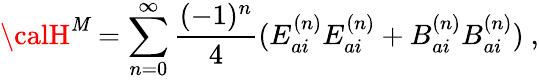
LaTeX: {\calH}^{\mathit{M}}=\sum_{n=0}^{\infty}\frac{{(-1)^{n}}}{{4}}(E_{ai}^{(n)}E_{ai}^{(n)}+B_{ai}^{(n)}B_{ai}^{(n)})\ ,